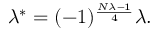
\lambda ^ { * } = ( - 1 ) ^ { \frac { N \lambda - 1 } { 4 } } \lambda .